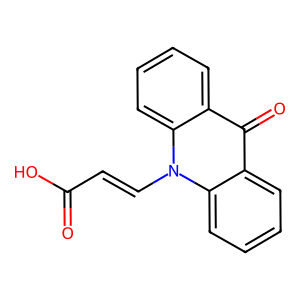
SMILES: O=C(O)C=Cn1c2ccccc2c(=O)c2ccccc21
Inhibits HIV replication: No